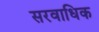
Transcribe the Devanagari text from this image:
सरवाधिक